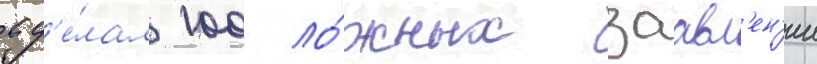
сд'е́лал 100 ло́жных заавл'ен'ии